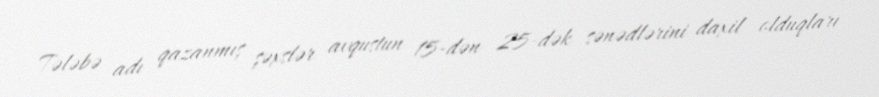
Tələbə adı qazanmış şəxslər avqustun 15-dən 25-dək sənədlərini daxil olduqları